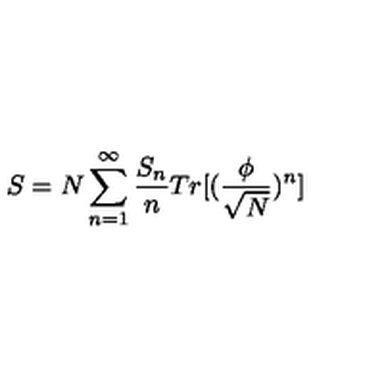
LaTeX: S = N \sum _ { n = 1 } ^ { \infty } \frac { S _ { n } } { n } T r [ ( \frac { \phi } { \sqrt N } ) ^ { n } ]